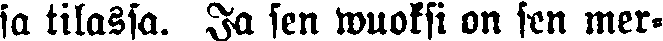
sa tilassa. Ja sen wuoksi on sen mer-